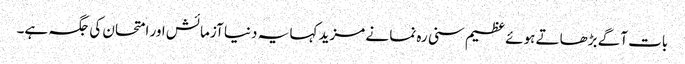
بات آگے بڑھاتے ہوئے عظیم سنی رہ نما نے مزید کہا یہ دنیا آزمائش اور امتحان کی جگہ ہے۔